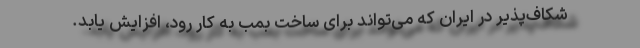
شکاف‌پذیر در ایران که می‌تواند برای ساخت بمب به کار رود، افزایش یابد.